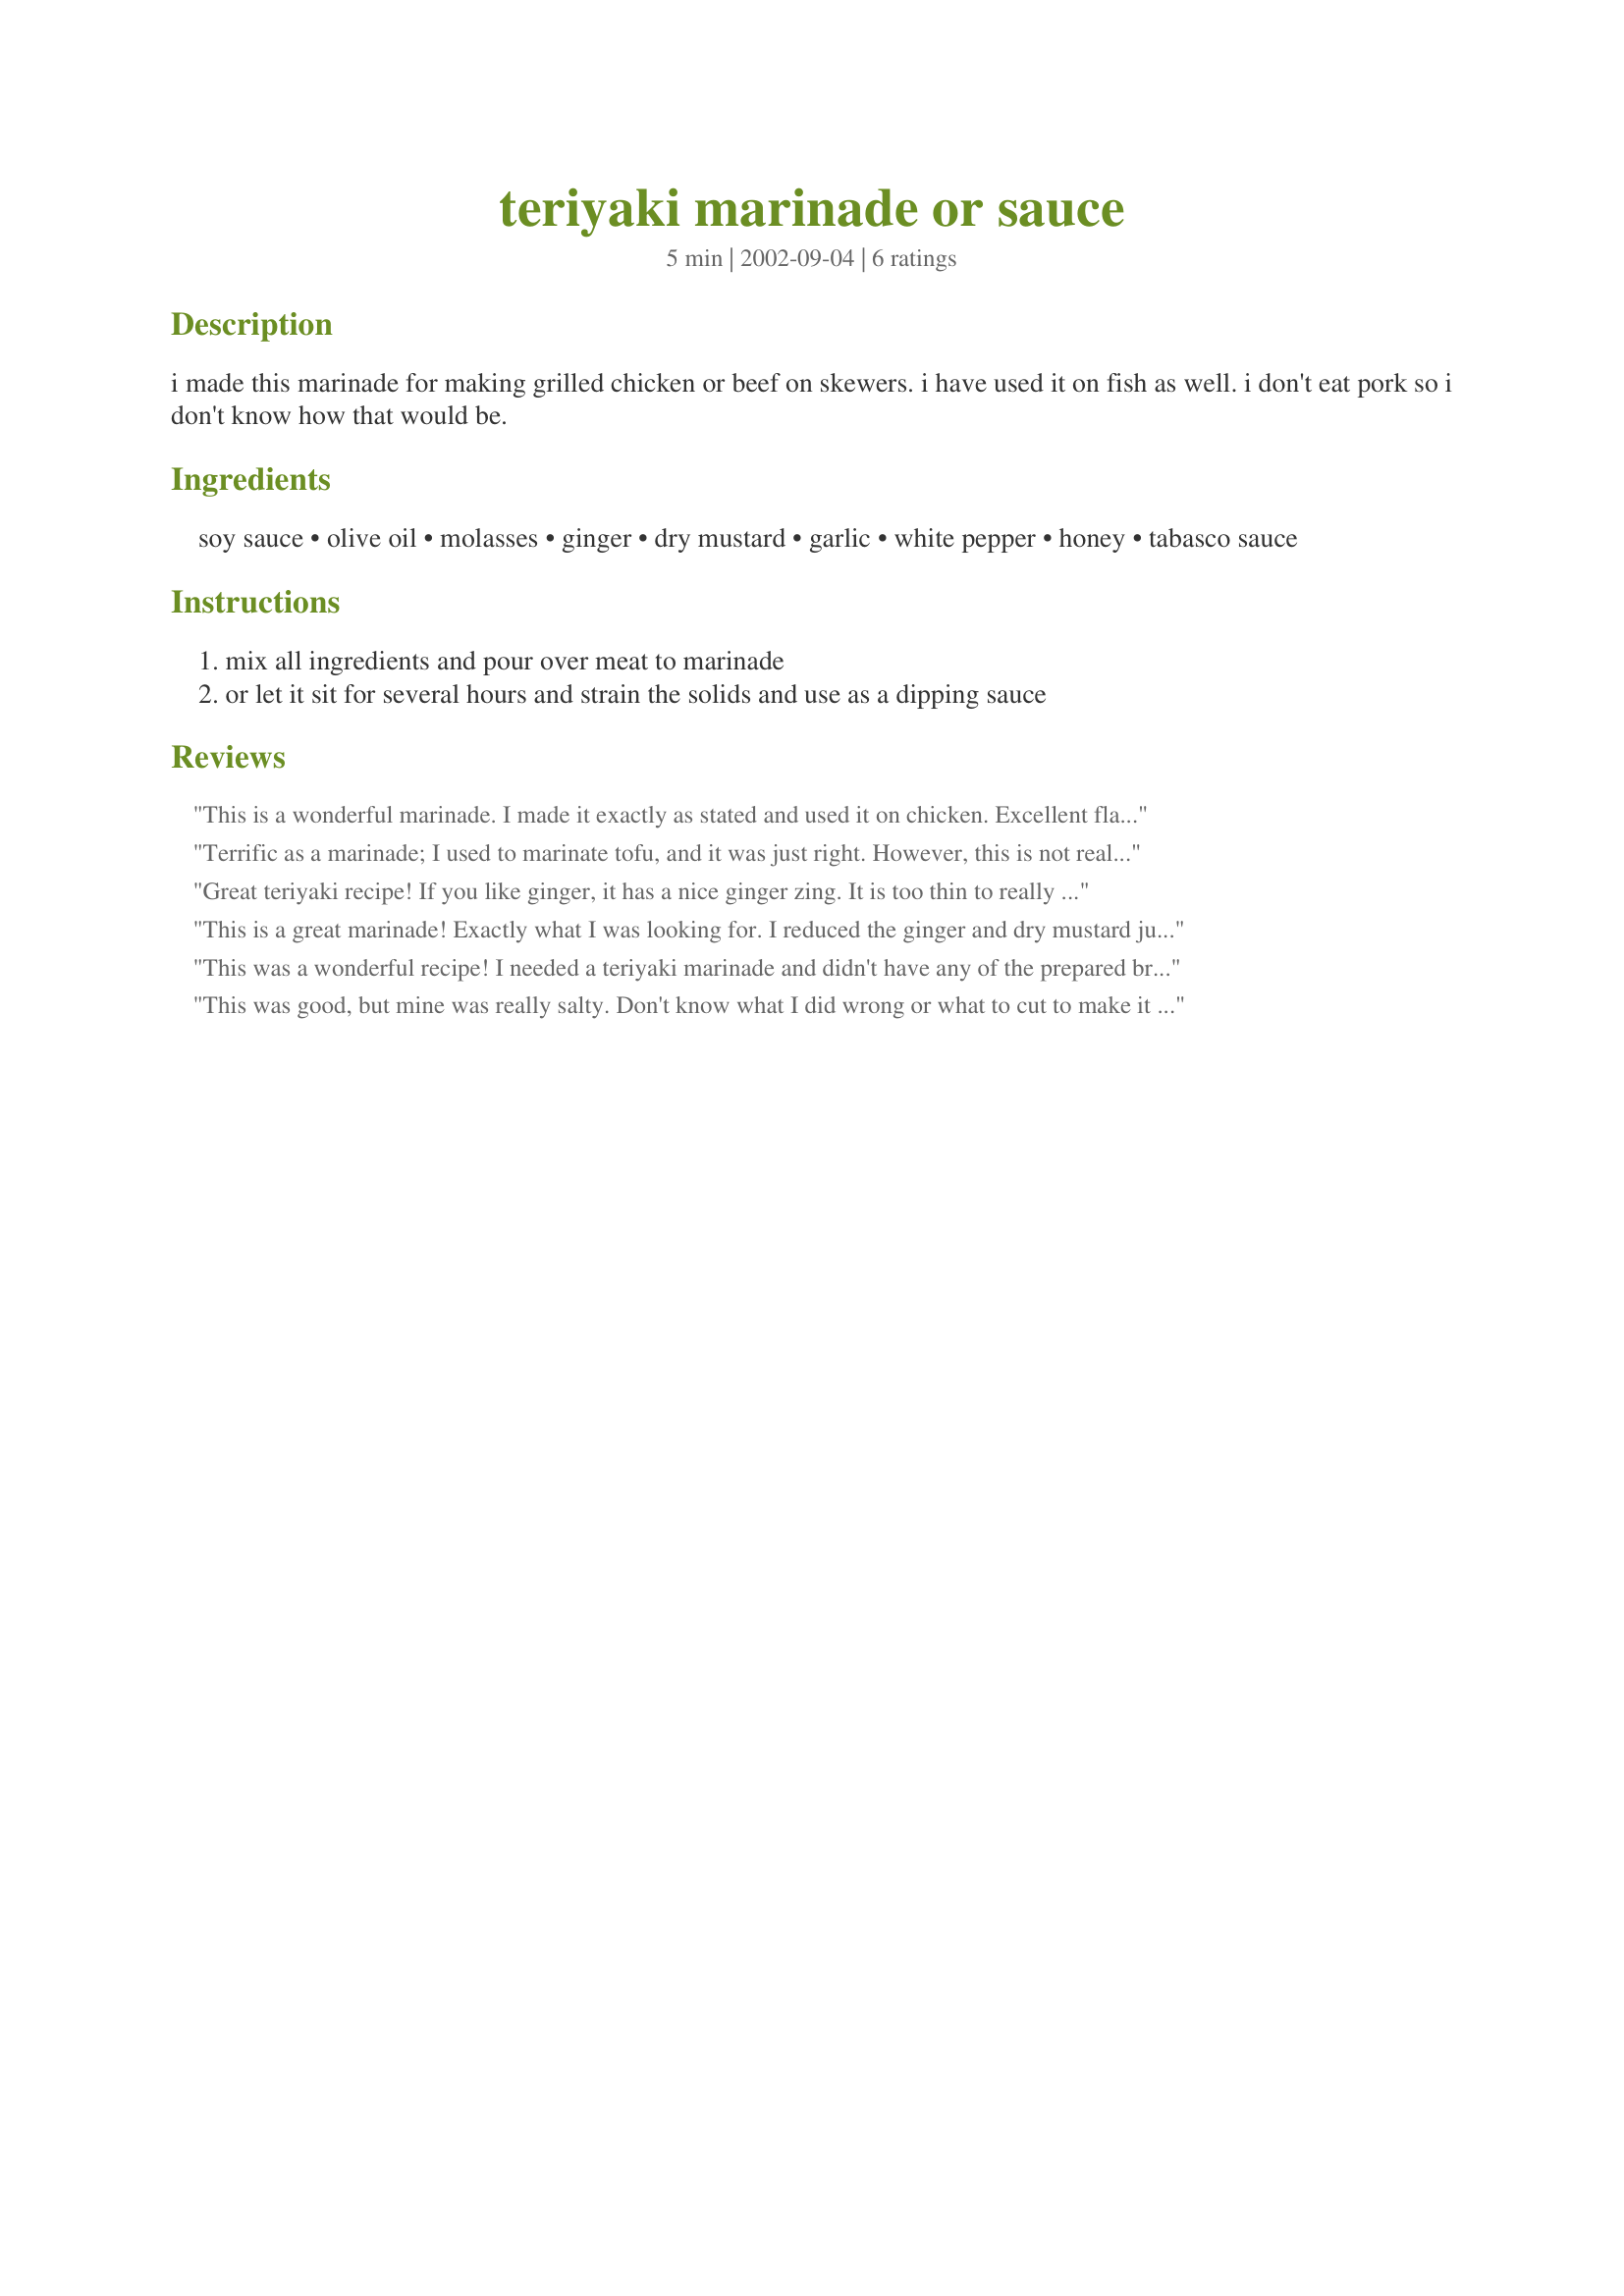
teriyaki marinade or sauce
Preparation time: 5 minutes

i made this marinade for making grilled chicken or beef on skewers. i have used it on fish as well. i don't eat pork so i don't know how that would be.

Ingredients:
soy sauce, olive oil, molasses, ginger, dry mustard, garlic, white pepper, honey, tabasco sauce

Steps:
mix all ingredients and pour over meat to marinade, or let it sit for several hours and strain the solids and use as a dipping sauce

Reviews:
This is a wonderful marinade. I made it exactly as stated and used it on chicken. Excellent flavor and I will be making this again. Thanks for sharing this recipe. :-)
Terrific as a marinade; I used to marinate tofu, and it was just right. However, this is not really a sauce: to fluid, and what's more important: way too salty. Hence 4 stars instead of 5 (as a marinade it earns a five-star rating).
Great teriyaki recipe! If you like ginger, it has a nice ginger zing. It is too thin to really be a "sauce" -- definitely just a marinade. However, I suppose you could reduce it and make a sauce?
This is a great marinade! Exactly what I was looking for. I reduced the ginger and dry mustard just a bit. Next time, instead of grilling chicken, I plan to try using this recipe with beef tenderloin. Thanks Peaceful Solution.
This was a wonderful recipe! I needed a teriyaki marinade and didn't have any of the prepared brands in my pantry. So, I ended up using this recipe. It's a keeper. I didn't have any regular soy sauce, so I used lite soy sauce. It was totally great. I marinated pork tenderloins with this marinade for about six hours and grilled them for 20 minutes. The most tasty, tender, moist tenderloins I've ever eaten.
This was good, but mine was really salty. Don't know what I did wrong or what to cut to make it less salty.
